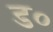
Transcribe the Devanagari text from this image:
ड०